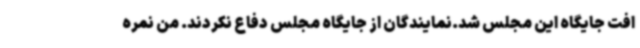
افت جایگاه این مجلس شد.نمایندگان از جایگاه مجلس دفاع نکردند. من نمره